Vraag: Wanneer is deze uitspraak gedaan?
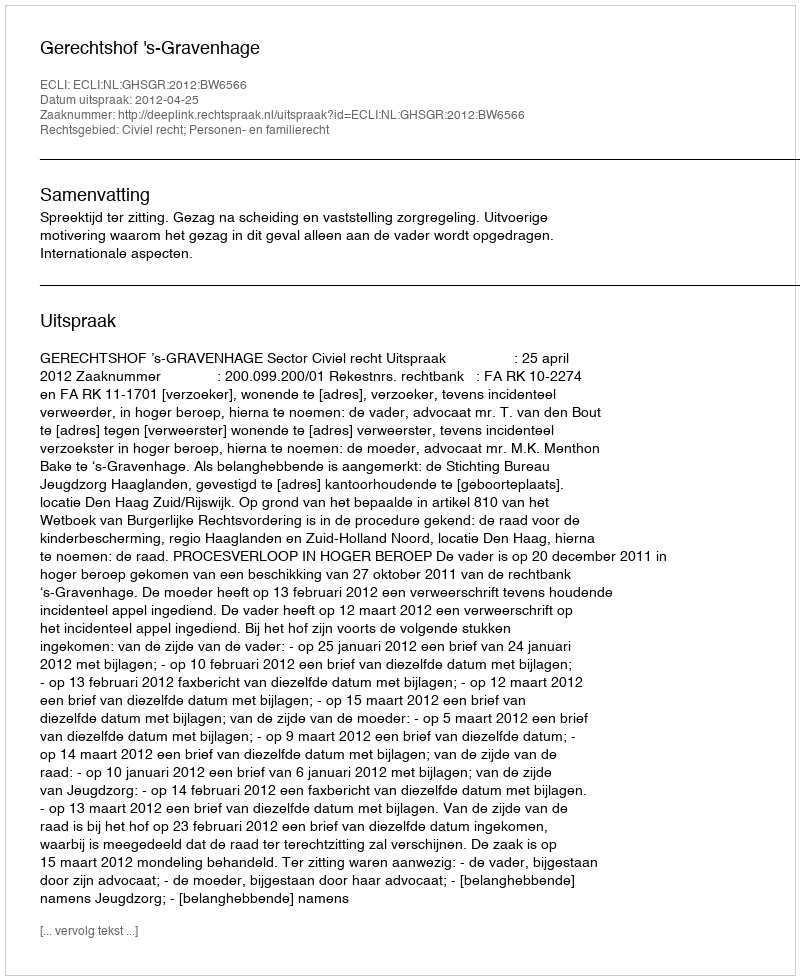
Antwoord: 2012-04-25